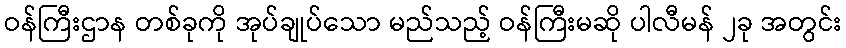
ဝန်ကြီးဌာန တစ်ခုကို အုပ်ချုပ်သော မည်သည့် ဝန်ကြီးမဆို ပါလီမန် ၂ခု အတွင်း